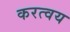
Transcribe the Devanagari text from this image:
करत्वय